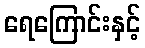
ရေကြောင်းနှင့်